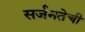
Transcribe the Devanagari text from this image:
सर्जनतेची